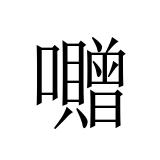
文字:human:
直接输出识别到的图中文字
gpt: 囎